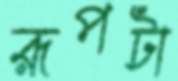
রূপটা